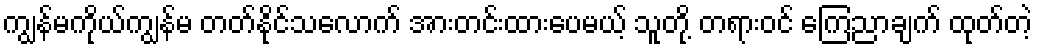
ကျွန်မကိုယ်ကျွန်မ တတ်နိုင်သလောက် အားတင်းထားပေမယ့် သူတို့ တရားဝင် ကြေညာချက် ထုတ်တဲ့